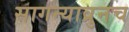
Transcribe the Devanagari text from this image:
सागन्याव्रुनच